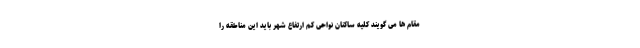
مقام ها می گویند کلیه ساکنان نواحی کم ارتفاع شهر باید این مناطقه را